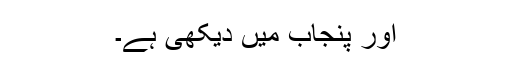
اور پنجاب میں دیکھی ہے۔